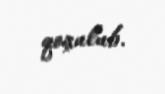
qoşulub.